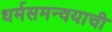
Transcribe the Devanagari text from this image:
धर्मसमन्वयाची